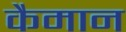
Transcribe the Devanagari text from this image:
कैमान